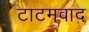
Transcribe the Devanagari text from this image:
टाटमवाद